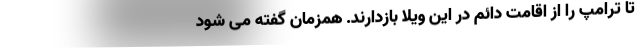
تا ترامپ را از اقامت دائم در این ویلا بازدارند. همزمان گفته می شود